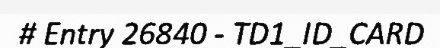
# Entry 26840 - TD1_ID_CARD